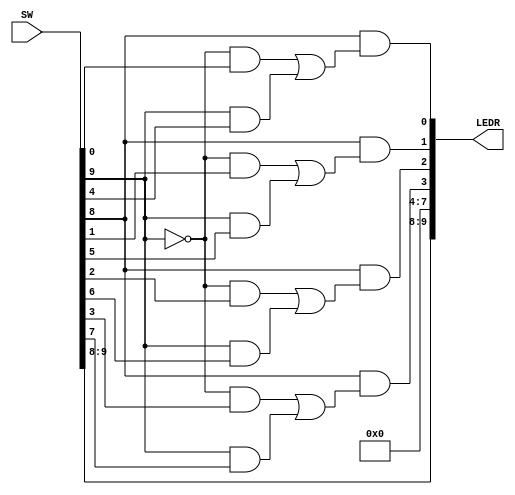
/*
Oscar Reyes-Sanchez, CMPE
Digital Systems
September 15, 2022
4-bit wide 2-1 MUX on MAX-10 FPGA
*/

module part2 (SW,LEDR);
	input  [9:0]SW;
	output [9:0]LEDR;
	
	wire s, i; //declare s
	wire [3:0] x, y, m; //declare i/o
	
	assign s = SW[9]; // Connect input to internal signal
	assign x = SW[3:0];
	assign y = SW[7:4];
	assign i = SW[8]; // enable switch, set to 1'b1 to nullify  
		
	assign LEDR[9] = s;
	assign LEDR[8] = i; //displays system state, on or off
	assign LEDR[3:0] = m; //mux output
	assign LEDR[7:4] = 5'b00000;
	
	//MUX code
	assign m[0] = i & ((~s & x[0]) | (s & y[0])); //mux 0
	assign m[1] = i & ((~s & x[1]) | (s & y[1])); //mux 1
	assign m[2] = i & ((~s & x[2]) | (s & y[2])); //mux 2
	assign m[3] = i & ((~s & x[3]) | (s & y[3])); //mux 3
	
endmodule